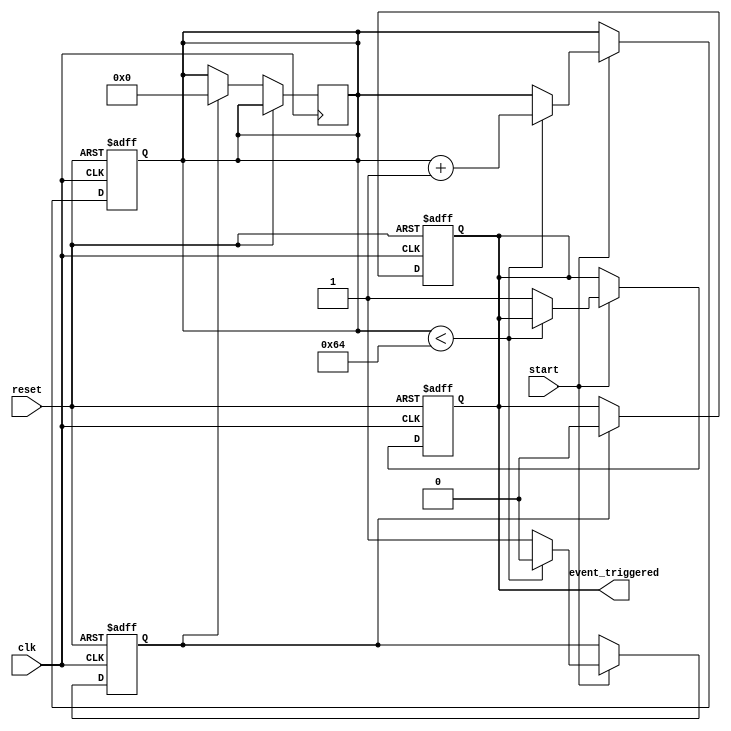
module TimerControlledEvent (
    input wire clk,                // Clock signal
    input wire reset,              // Asynchronous reset signal
    input wire start,              // Control signal to initiate the timer
    output reg event_triggered      // Signal indicating when the event has been triggered
);

    // Parameter for timer threshold (adjust as needed)
    parameter TIMER_THRESHOLD = 100; // Example threshold value

    // Internal signals
    reg [7:0] timer_count;          // 8-bit counter for timer count
    reg timer_expired;              // Flag indicating timer expiration

    // Asynchronous reset and timer operation
    always @(posedge clk or posedge reset) begin
        if (reset) begin
            timer_count <= 8'b0;    // Reset timer count to zero
            event_triggered <= 1'b0; // Deactivate event triggered signal
            timer_expired <= 1'b0;   // Deactivate timer expired flag
        end else if (start) begin
            if (timer_count < TIMER_THRESHOLD) begin
                timer_count <= timer_count + 1; // Increment timer count
                timer_expired <= 1'b0;           // Timer not yet expired
            end else begin
                timer_expired <= 1'b1;           // Timer expired
                event_triggered <= 1'b1;         // Trigger the event
            end
        end
    end

    // Reset event_triggered after the event has been triggered
    always @(posedge clk or posedge reset) begin
        if (reset) begin
            event_triggered <= 1'b0; // Reset event triggered signal
        end else if (timer_expired) begin
            event_triggered <= 1'b0; // Deactivate after the event has been triggered
            timer_count <= 8'b0;     // Optionally reset the timer count for single-shot behavior
        end
    end

endmodule